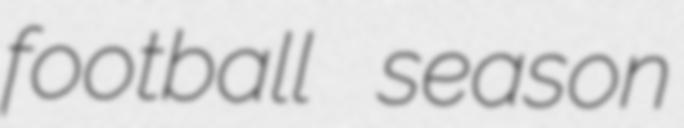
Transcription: football season